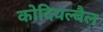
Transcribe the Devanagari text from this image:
कोदियल्बैल